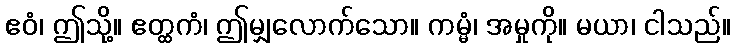
ဧဝံ၊ ဤသို့။ ဧတ္ထကံ၊ ဤမျှလောက်သော။ ကမ္မံ၊ အမှုကို။ မယာ၊ ငါသည်။